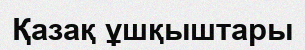
Қазақ ұшқыштары